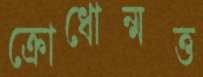
ক্রোধোন্মত্ত